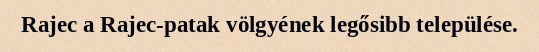
Rajec a Rajec-patak völgyének legősibb települése.